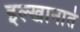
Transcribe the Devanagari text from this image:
इल्खानाते